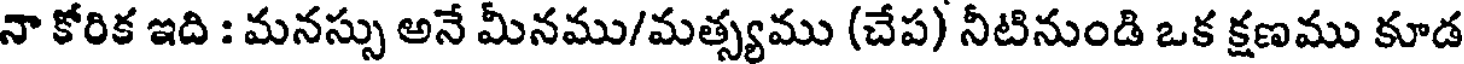
నా కోరిక ఇది : మనస్సు అనే మీనము/మత్స్యము (చేప) నీటినుండి ఒక క్షణము కూడ